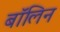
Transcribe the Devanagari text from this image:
बॉलिन